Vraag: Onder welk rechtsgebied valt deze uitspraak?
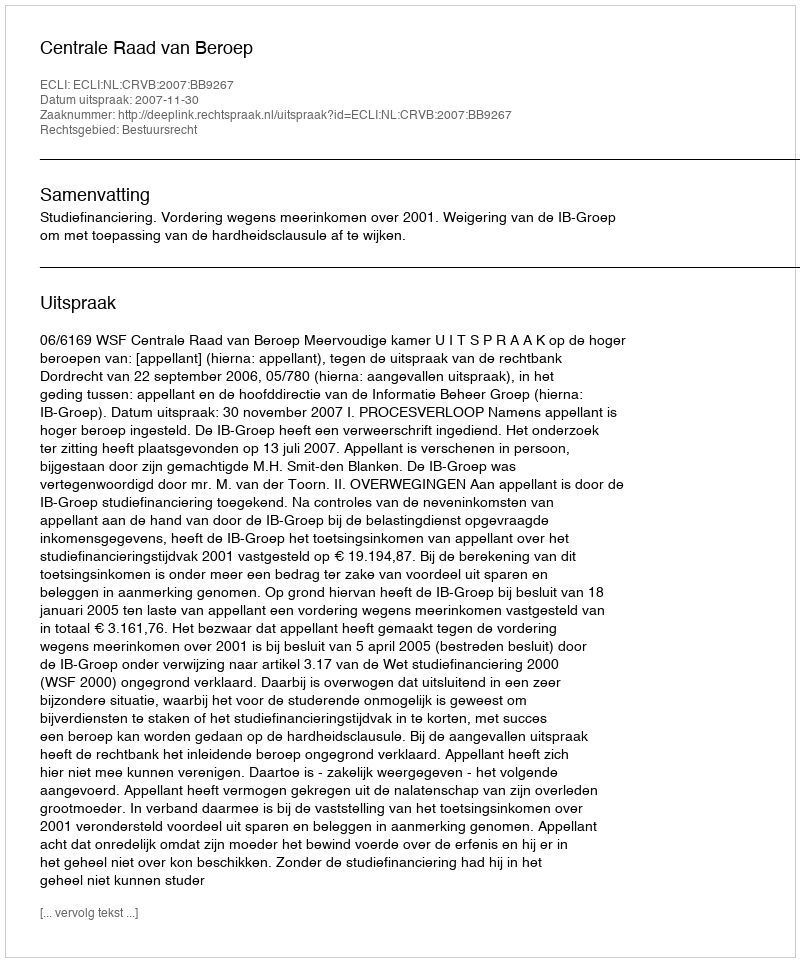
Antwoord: Bestuursrecht